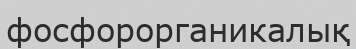
фосфорорганикалық